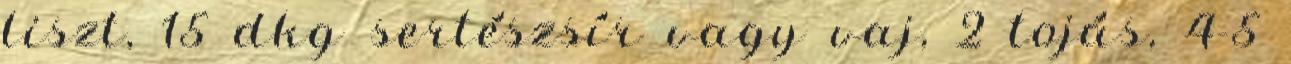
liszt, 15 dkg sertészsír vagy vaj, 2 tojás, 4-5